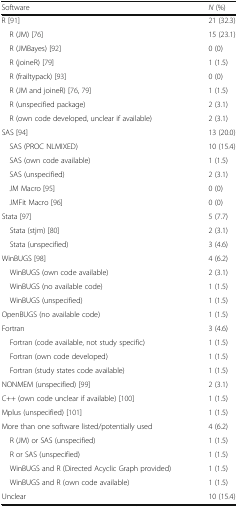
| Software | N (%) |
 | --- | --- |
 | R [91] | 21 (32.3) |
 | R (JM) [76] | 15 (23.1) |
 | R (JMBayes) [92] | 0 (0) |
 | R (joineR) [79] | 1 (1.5) |
 | R (frailtypack) [93] | 0 (0) |
 | R (JM and joineR) [76, 79] | 1 (1.5) |
 | R (unspecified package) | 2 (3.1) |
 | R (own code developed, unclear if available) | 2 (3.1) |
 | SAS [94] | 13 (20.0) |
 | SAS (PROC NLMIXED) | 10 (15.4) |
 | SAS (own code available) | 1 (1.5) |
 | SAS (unspecified) | 2 (3.1) |
 | JM Macro [95] | 0 (0) |
 | JMFit Macro [96] | 0 (0) |
 | Stata [97] | 5 (7.7) |
 | Stata (stjm) [80] | 2 (3.1) |
 | Stata (unspecified) | 3 (4.6) |
 | WinBUGS [98] | 4 (6.2) |
 | WinBUGS (own code available) | 2 (3.1) |
 | WinBUGS (no available code) | 1 (1.5) |
 | WinBUGS (unspecified) | 1 (1.5) |
 | OpenBUGS (no available code) | 1 (1.5) |
 | Fortran | 3 (4.6) |
 | Fortran (code available, not study specific) | 1 (1.5) |
 | Fortran (own code developed) | 1 (1.5) |
 | Fortran (study states code available) | 1 (1.5) |
 | NONMEM (unspecified) [99] | 2 (3.1) |
 | C++ (own code unclear if available) [100] | 1 (1.5) |
 | Mplus (unspecified) [101] | 1 (1.5) |
 | More than one software listed/potentially used | 4 (6.2) |
 | R (JM) or SAS (unspecified) | 1 (1.5) |
 | R or SAS (unspecified) | 1 (1.5) |
 | WinBUGS and R (Directed Acyclic Graph provided) | 1 (1.5) |
 | WinBUGS and R (own code available) | 1 (1.5) |
 | Unclear | 10 (15.4) |